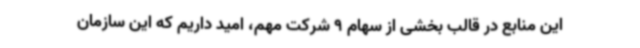
این منابع در قالب بخشی از سهام 9 شرکت مهم، امید داریم که این سازمان